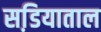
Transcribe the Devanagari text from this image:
सडि़याताल